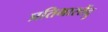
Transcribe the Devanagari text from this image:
प्रतिभारतेंदु